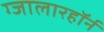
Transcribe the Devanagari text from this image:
ग्जालारहॉर्न